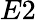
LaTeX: E2